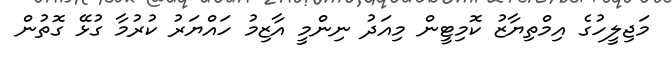
މަޖިލީހުގެ އިމްތިޔާޒު ކޮމިޓީން މިއަދު ނިންމީ އާޒިމު ހައްޔަރު ކުރުމާ ގުޅޭ ގޮތުން